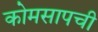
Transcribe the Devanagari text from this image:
कोमसापची